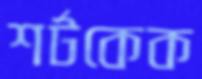
শর্টকেক